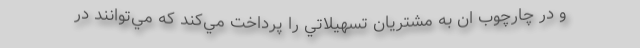
و در چارچوب ان به مشتريان تسهيلاتي را پرداخت مي‌کند كه مي‌توانند در